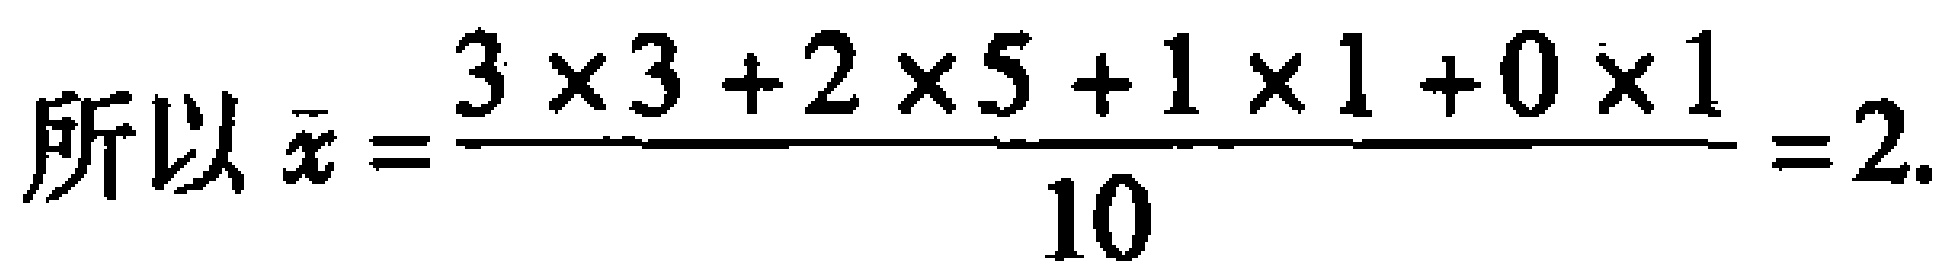
所以\(\bar{x}=\frac{3\times3 + 2\times5 + 1\times1 + 0\times1}{10}=2.\)